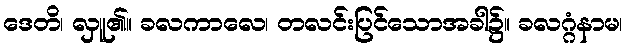
ဒေတိ၊ လှူ၏။ ခလကာလေ၊ တလင်းပြင်သောအခါ၌။ ခလဂ္ဂံနာမ၊